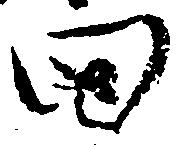
田